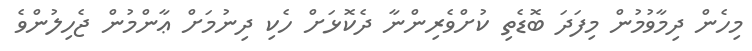
މިހެން ދިމާވުމުން މިފަދަ ބޮޑެތި ކުށްވެރިންނާ ދެކޮޅަށް ހެކި ދިނުމަށް ޢާންމުން ޖެހިލުންވެ